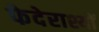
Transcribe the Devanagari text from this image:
फेदेराश्यों